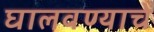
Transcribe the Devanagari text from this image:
घालवण्याचे